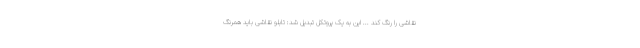
نقاشی را رنگ کند ... این به یک پروتکل تبدیل شد: تابلو نقاشی باید همرنگ